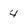
Character: 4